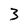
Character: 3